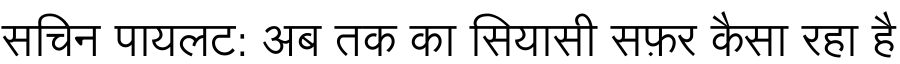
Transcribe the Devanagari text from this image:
सचिन पायलट: अब तक का सियासी सफ़र कैसा रहा है